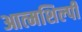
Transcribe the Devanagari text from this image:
आत्‍मशिल्‍पी